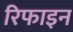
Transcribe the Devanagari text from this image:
रिफाइन